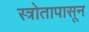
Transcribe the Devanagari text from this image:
स्त्रोतापासून